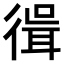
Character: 𢕃